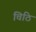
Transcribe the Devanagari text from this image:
चिठि